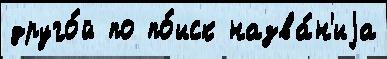
друго́й по по́иск назва́н'иjа